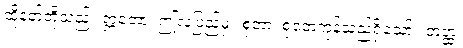
ထိုနတ်တို့သည်။ ဣတော၊ ဤလူပြည့်မှ။ စုတာ၊ စုတေကုန်သည်ရှိသော်။ တတ္ထ၊